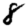
Digit: 8